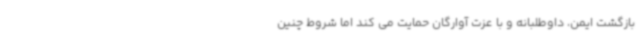
بازگشت ایمن، داوطلبانه و با عزت آوارگان حمایت می کند اما شروط چنین